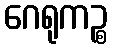
ဂေရုကဉ္စ